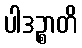
ပါဒဉ္စာတိ